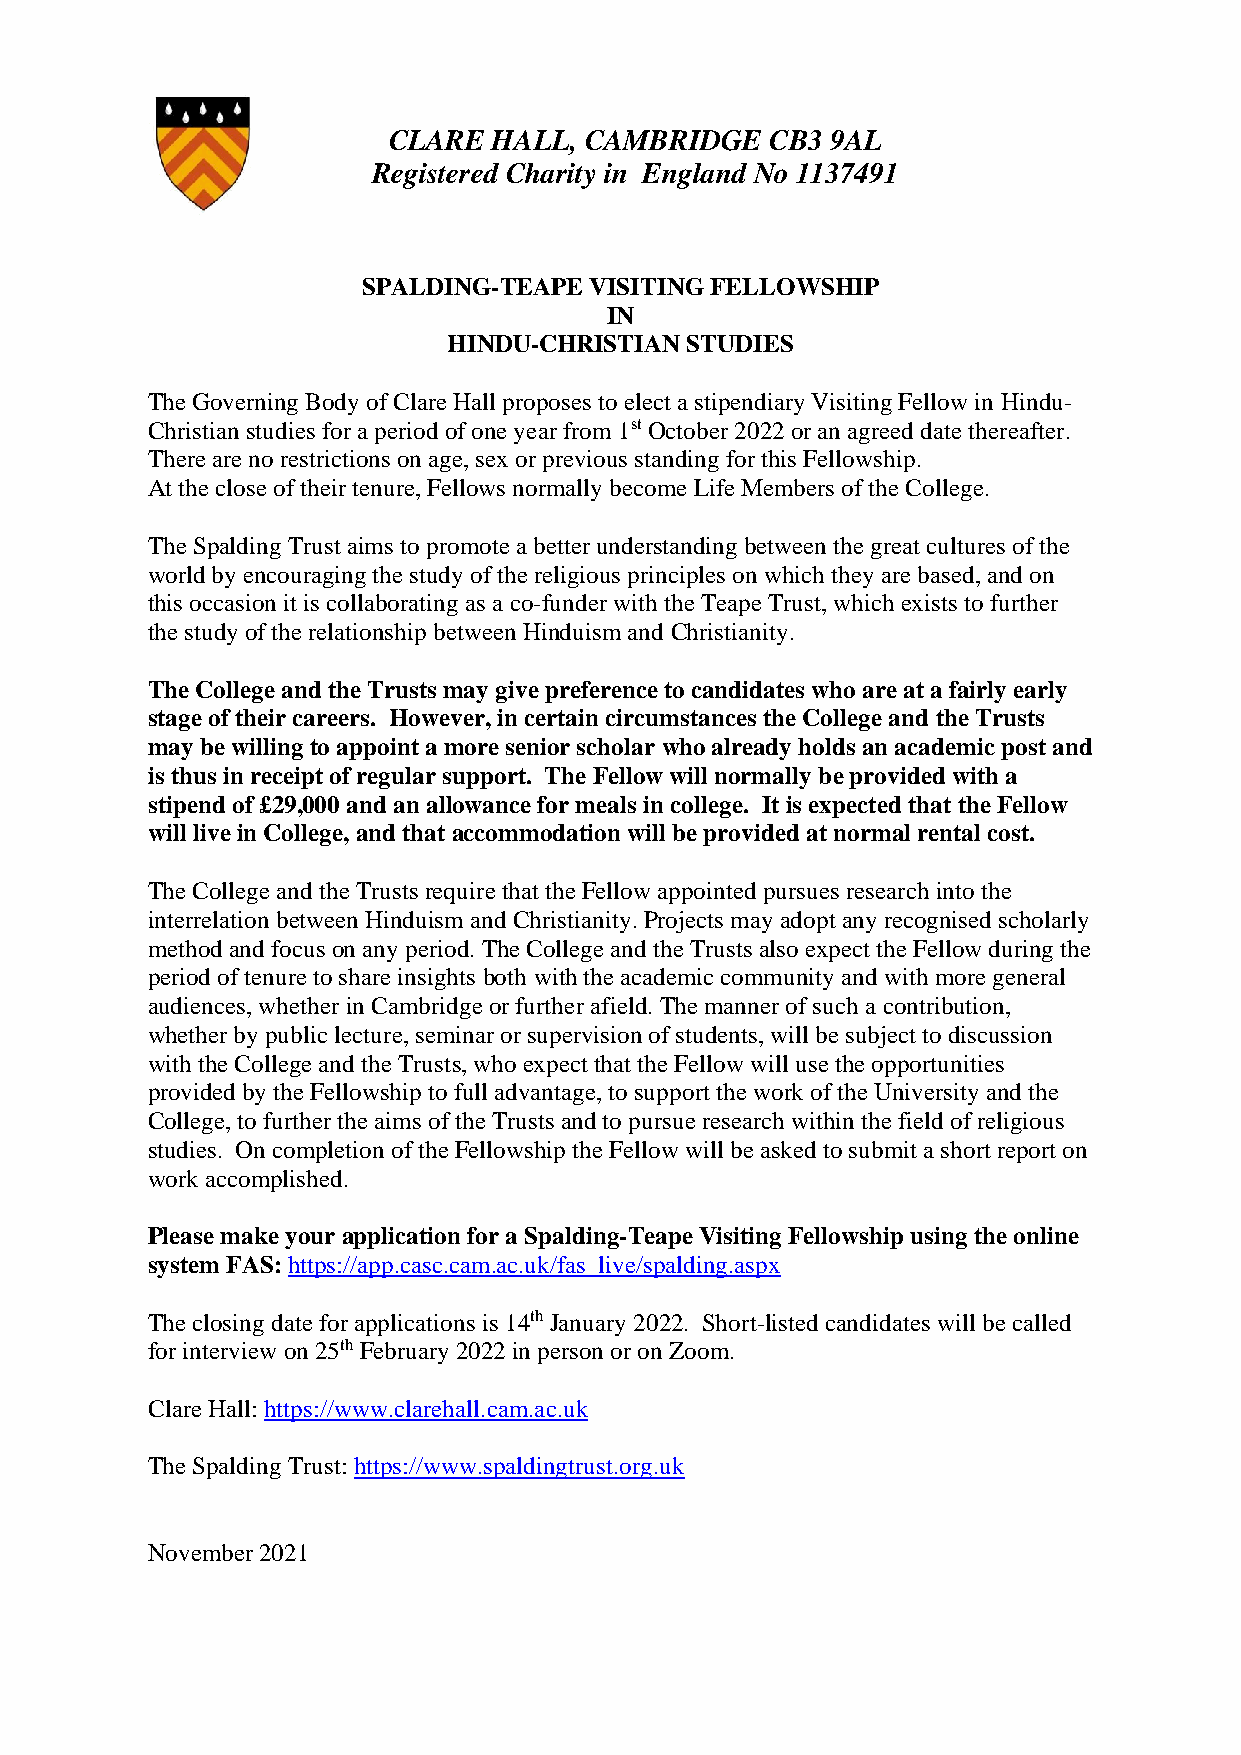
CLARE  HALL, CAMBRIDGE   CB3 9AL
 Registered Charity in England No 1137491
 SPALDING-TEAPE VISITING FELLOWSHIP
 IN
 HINDU-CHRISTIAN STUDIES
 The Governing Body of Clare Hall proposes to elect a stipendiary Visiting Fellow in Hindu-
 Christian studies for a period of one year from 1st October 2022 or an agreed date thereafter.
 There are no restrictions on age, sex or previous standing for this Fellowship.
 At the close of their tenure, Fellows normally become Life Members of the College.
 The Spalding Trust aims to promote a better understanding between the great cultures of the
 world by encouraging the study of the religious principles on which they are based, and on
 this occasion it is collaborating as a co-funder with the Teape Trust, which exists to further
 the study of the relationship between Hinduism and Christianity.
 The College and the Trusts may give preference to candidates who are at a fairly early
 stage of their careers. However, in certain circumstances the College and the Trusts
 may be willing to appoint a more senior scholar who already holds an academic post and
 is thus in receipt of regular support. The Fellow will normally be provided with a
 stipend of £29,000 and an allowance for meals in college. It is expected that the Fellow
 will live in College, and that accommodation will be provided at normal rental cost.
 The College and the Trusts require that the Fellow appointed pursues research into the
 interrelation between Hinduism and Christianity. Projects may adopt any recognised scholarly
 method and focus on any period. The College and the Trusts also expect the Fellow during the
 period of tenure to share insights both with the academic community and with more general
 audiences, whether in Cambridge or further afield. The manner of such a contribution,
 whether by public lecture, seminar or supervision of students, will be subject to discussion
 with the College and the Trusts, who expect that the Fellow will use the opportunities
 provided by the Fellowship to full advantage, to support the work of the University and the
 College, to further the aims of the Trusts and to pursue research within the field of religious
 studies. On completion of the Fellowship the Fellow will be asked to submit a short report on
 work accomplished.
 Please make your application for a Spalding-Teape Visiting Fellowship using the online
 system FAS: https://app.casc.cam.ac.uk/fas_live/spalding.aspx
 The closing date for applications is 14th January 2022. Short-listed candidates will be called
 for interview on 25th February 2022 in person or on Zoom.
 Clare Hall: https://www.clarehall.cam.ac.uk
 The Spalding Trust: https://www.spaldingtrust.org.uk
 November 2021